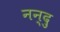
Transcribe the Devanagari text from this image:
नन्दु